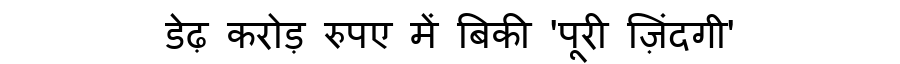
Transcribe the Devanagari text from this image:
डेढ़ करोड़ रुपए में बिकी 'पूरी ज़िंदगी'